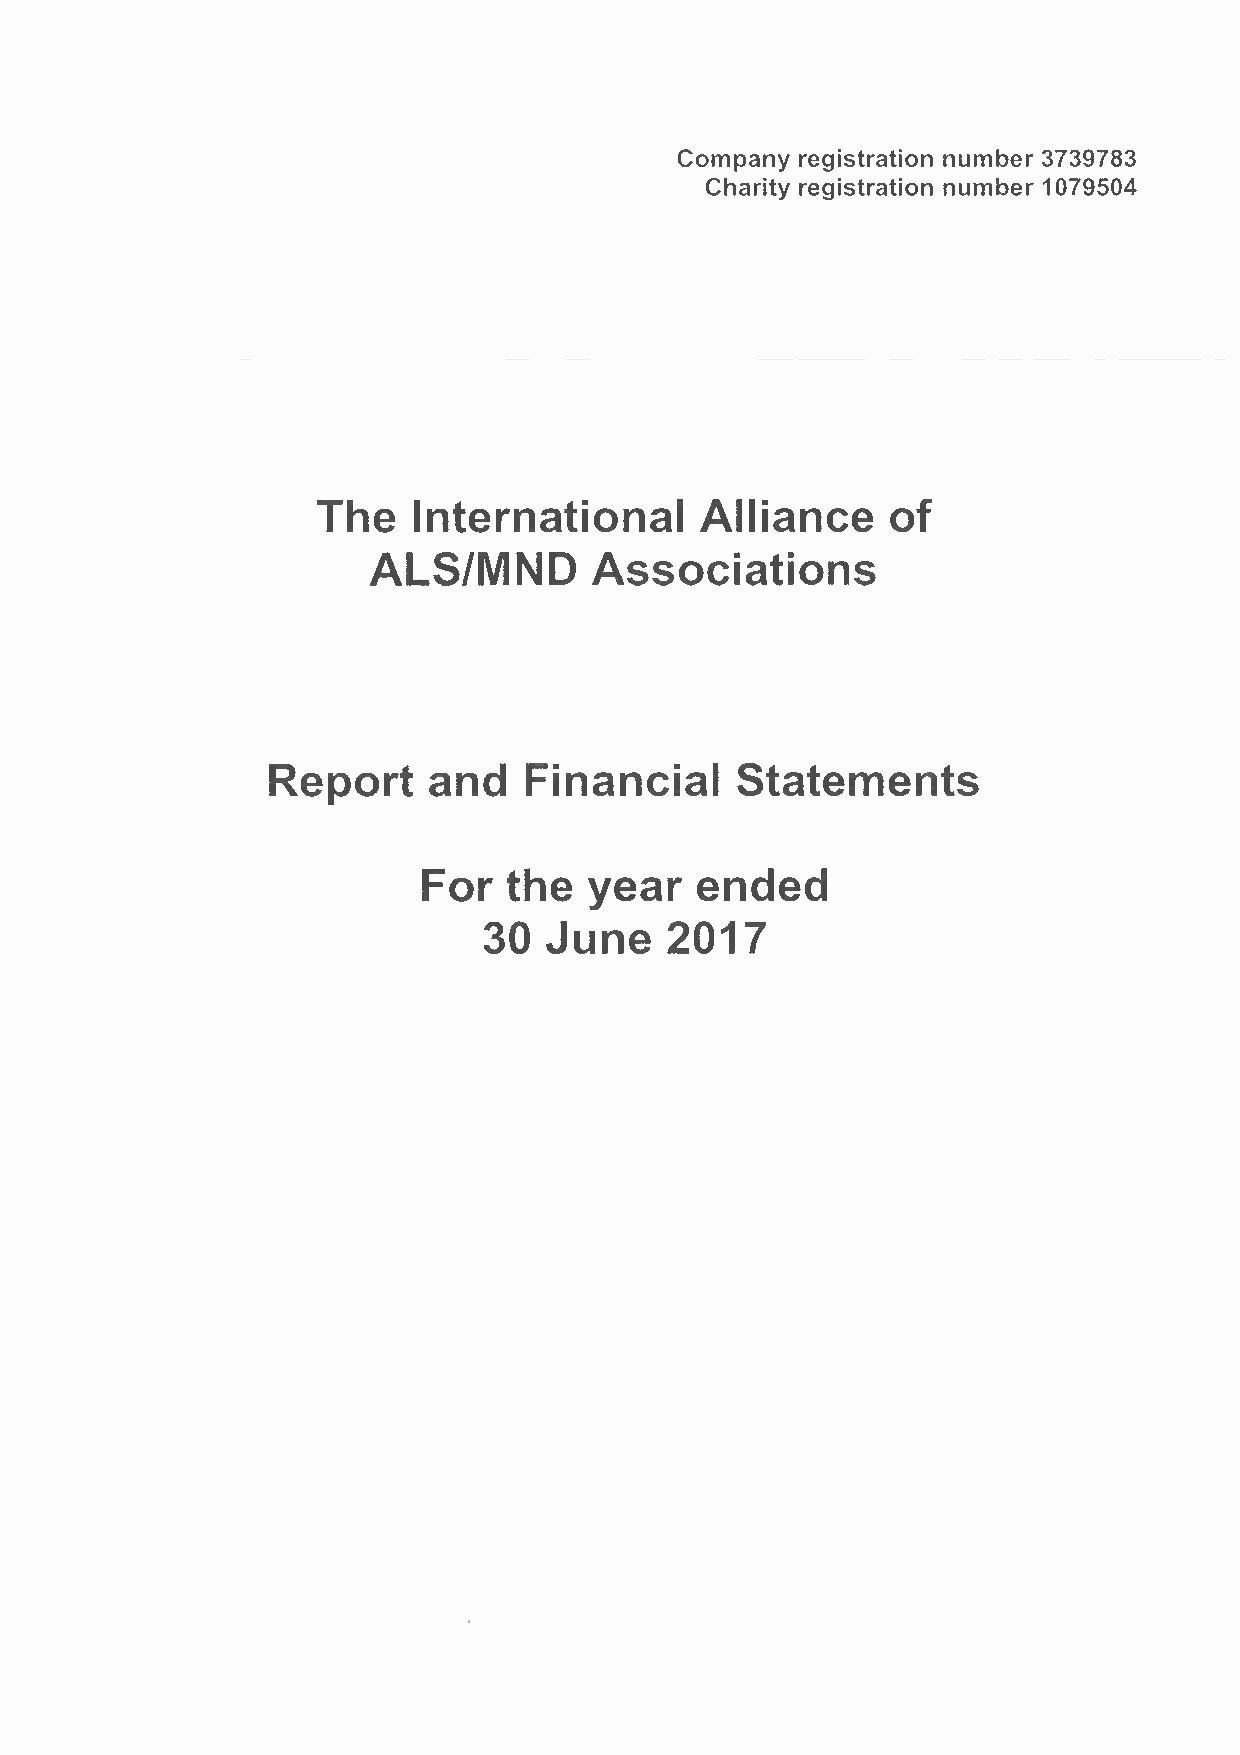
Company registration number 3739783
 Charity registration number 1079504
 The   International      Alliance     of
 ALS/MND        Associations
 Report    and    Financial     Statements
 For   the  year   ended
 30  June    2017